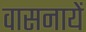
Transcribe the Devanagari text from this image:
वासनायें